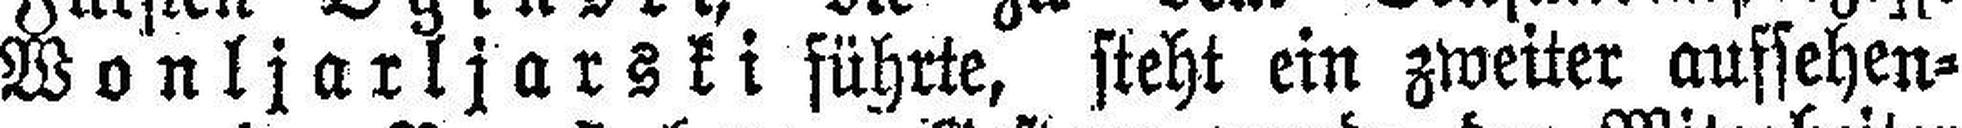
Wonljarljarski führte, steht ein zweiter aufsehen¬